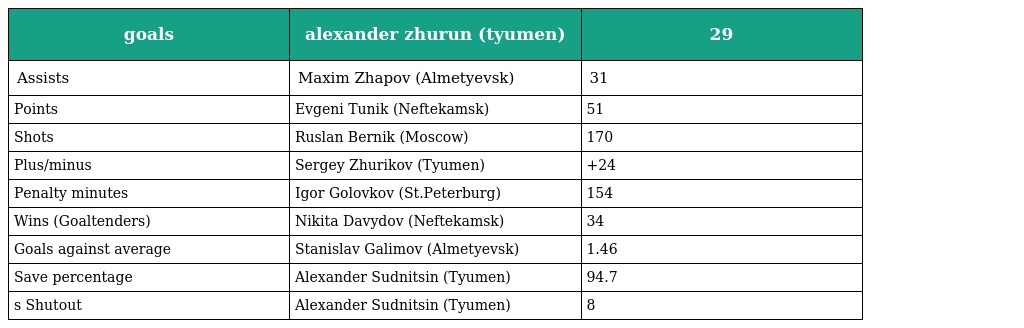
| goals | alexander zhurun (tyumen) | 29 |
 | --- | --- | --- |
 | Assists | Maxim Zhapov (Almetyevsk) | 31 |
 | Points | Evgeni Tunik (Neftekamsk) | 51 |
 | Shots | Ruslan Bernik (Moscow) | 170 |
 | Plus/minus | Sergey Zhurikov (Tyumen) | +24 |
 | Penalty minutes | Igor Golovkov (St.Peterburg) | 154 |
 | Wins (Goaltenders) | Nikita Davydov (Neftekamsk) | 34 |
 | Goals against average | Stanislav Galimov (Almetyevsk) | 1.46 |
 | Save percentage | Alexander Sudnitsin (Tyumen) | 94.7 |
 | s Shutout | Alexander Sudnitsin (Tyumen) | 8 |